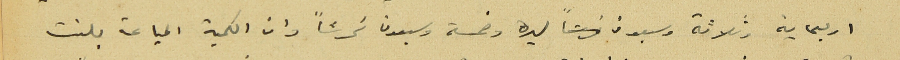
اربعماية وثلاثة وسبعون ليره وخمسة وسبعون غرشاً وان الكمية المباعة بلغت